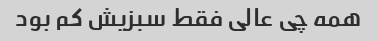
همه چی عالی فقط سبزیش کم بود